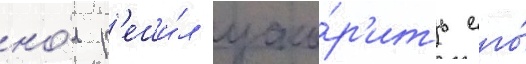
но́ р'еши́л уско́р'ить его́